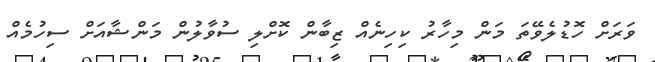
ވަރަށް ހޮޑުލެވޭތަ މަން މިހާރު ކިހިނެއް ޒިބާން ކޮށްލި ސުވާލުން މަންޝާއަށް ސިހުމެއް